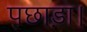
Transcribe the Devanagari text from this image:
पछाड़ा।